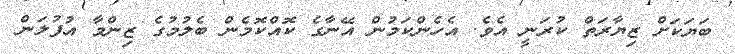
ބަޔަކަށް ޒިޔާރަތް ކުރަނީ އެވެ. އެހެންކަމުން އޭނާގެ ކޮއްކޮމެން ބެލުމުގެ ޒިންމާ އުފުލަން